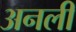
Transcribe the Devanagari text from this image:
अनली